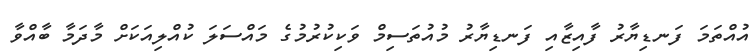
އުއްތަމަ ފަނޑިޔާރު ފާއިޒާއި ފަނޑިޔާރު މުއުތަސިމް ވަކިކުރުމުގެ މައްސަލަ ކުއްލިއަކަށް މާދަމާ ބާއްވާ